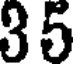
35